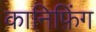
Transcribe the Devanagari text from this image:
कानिफ़िंग